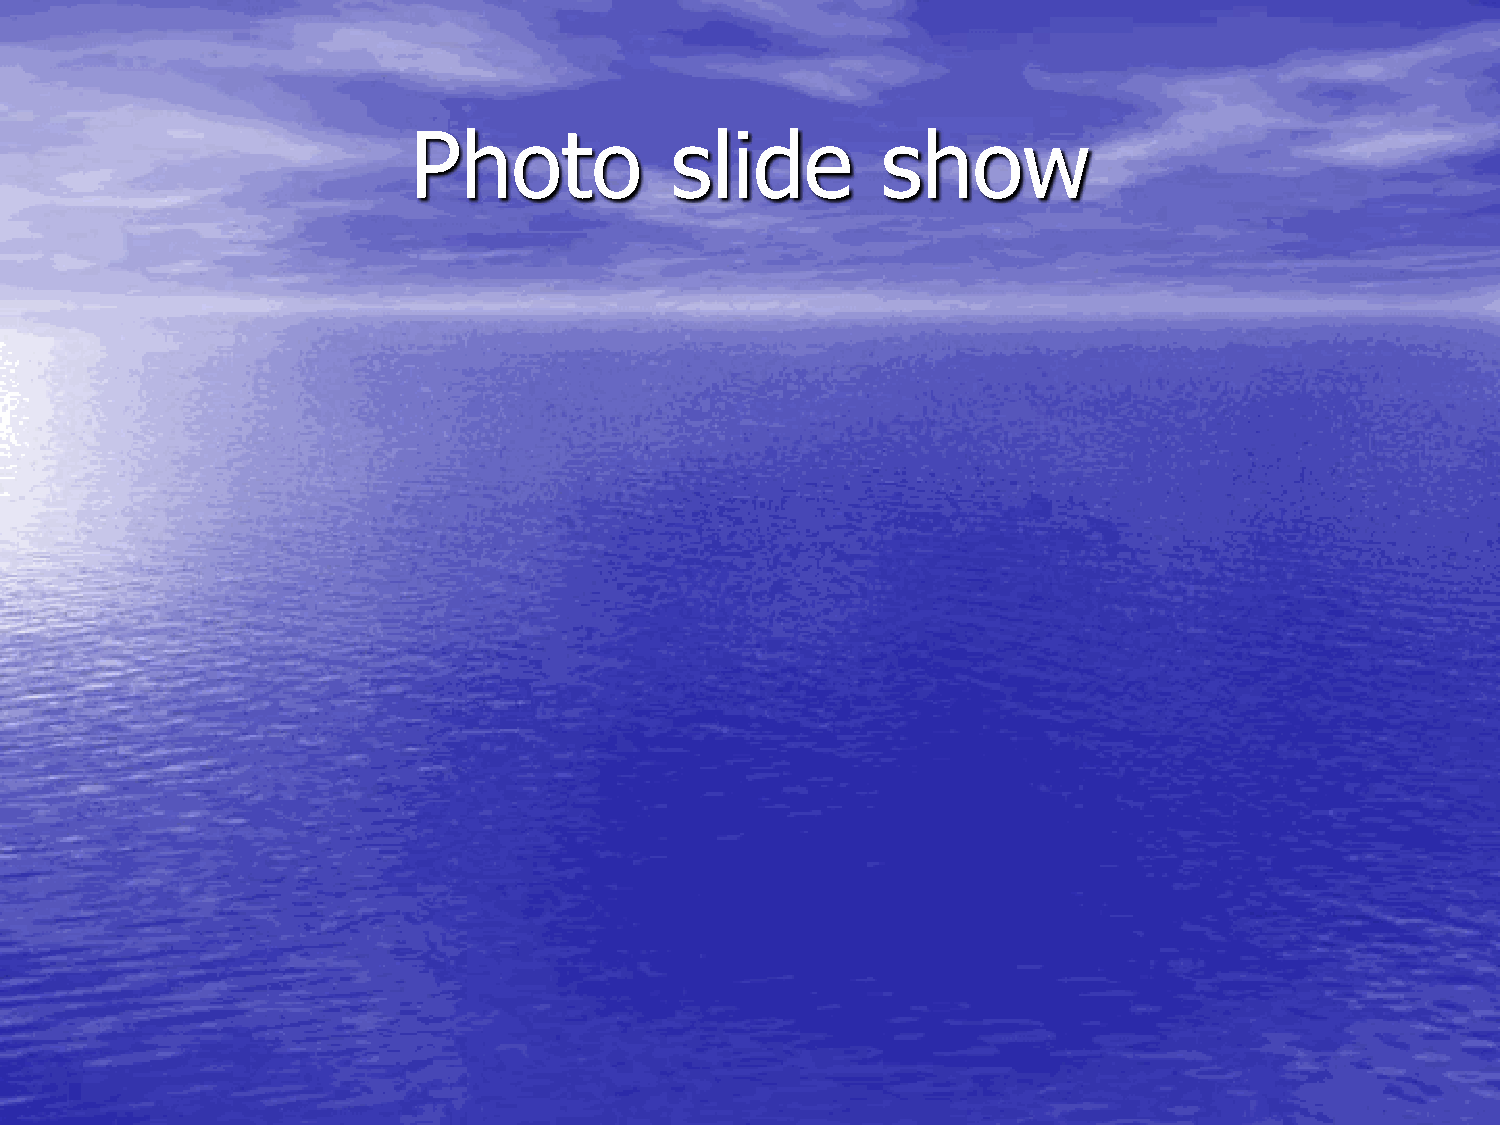
Photo            slide         show